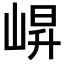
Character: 𭖬